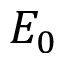
E _ { 0 }